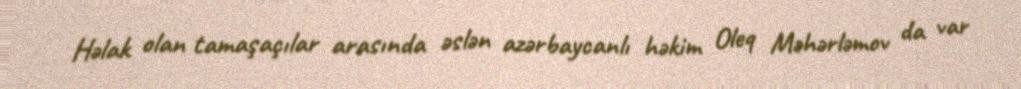
Həlak olan tamaşaçılar arasında əslən azərbaycanlı həkim Oleq Məhərləmov da var